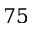
7 5